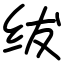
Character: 绂